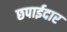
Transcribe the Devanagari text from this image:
छपाईदार